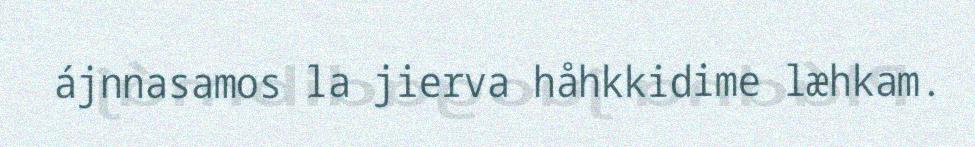
ájnnasamos la jierva håhkkidime læhkam.